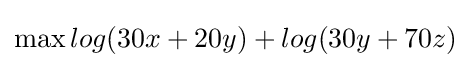
\max log(30x+20y)+log(30y+70z)